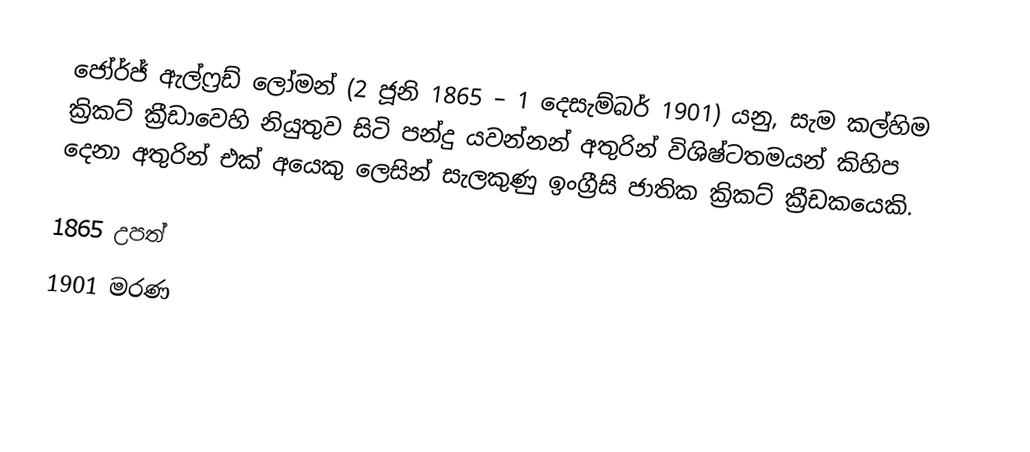
ජෝර්ජ් ඇල්ෆ්‍රඩ් ලෝමන් (2 ජූනි 1865 – 1 දෙසැම්බර් 1901) යනු, සැම කල්හිම ක්‍රිකට් ක්‍රීඩාවෙහි නියුතුව සිටි  පන්දු යවන්නන් අතුරින් විශිෂ්ටතමයන් කිහිප දෙනා අතුරින් එක් අයෙකු ලෙසින් සැලකුණු  ඉංග්‍රීසි ජාතික ක්‍රිකට් ක්‍රීඩකයෙකි.

1865 උපත්
1901 මරණ